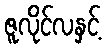
ဇူလိုင်လနှင့်